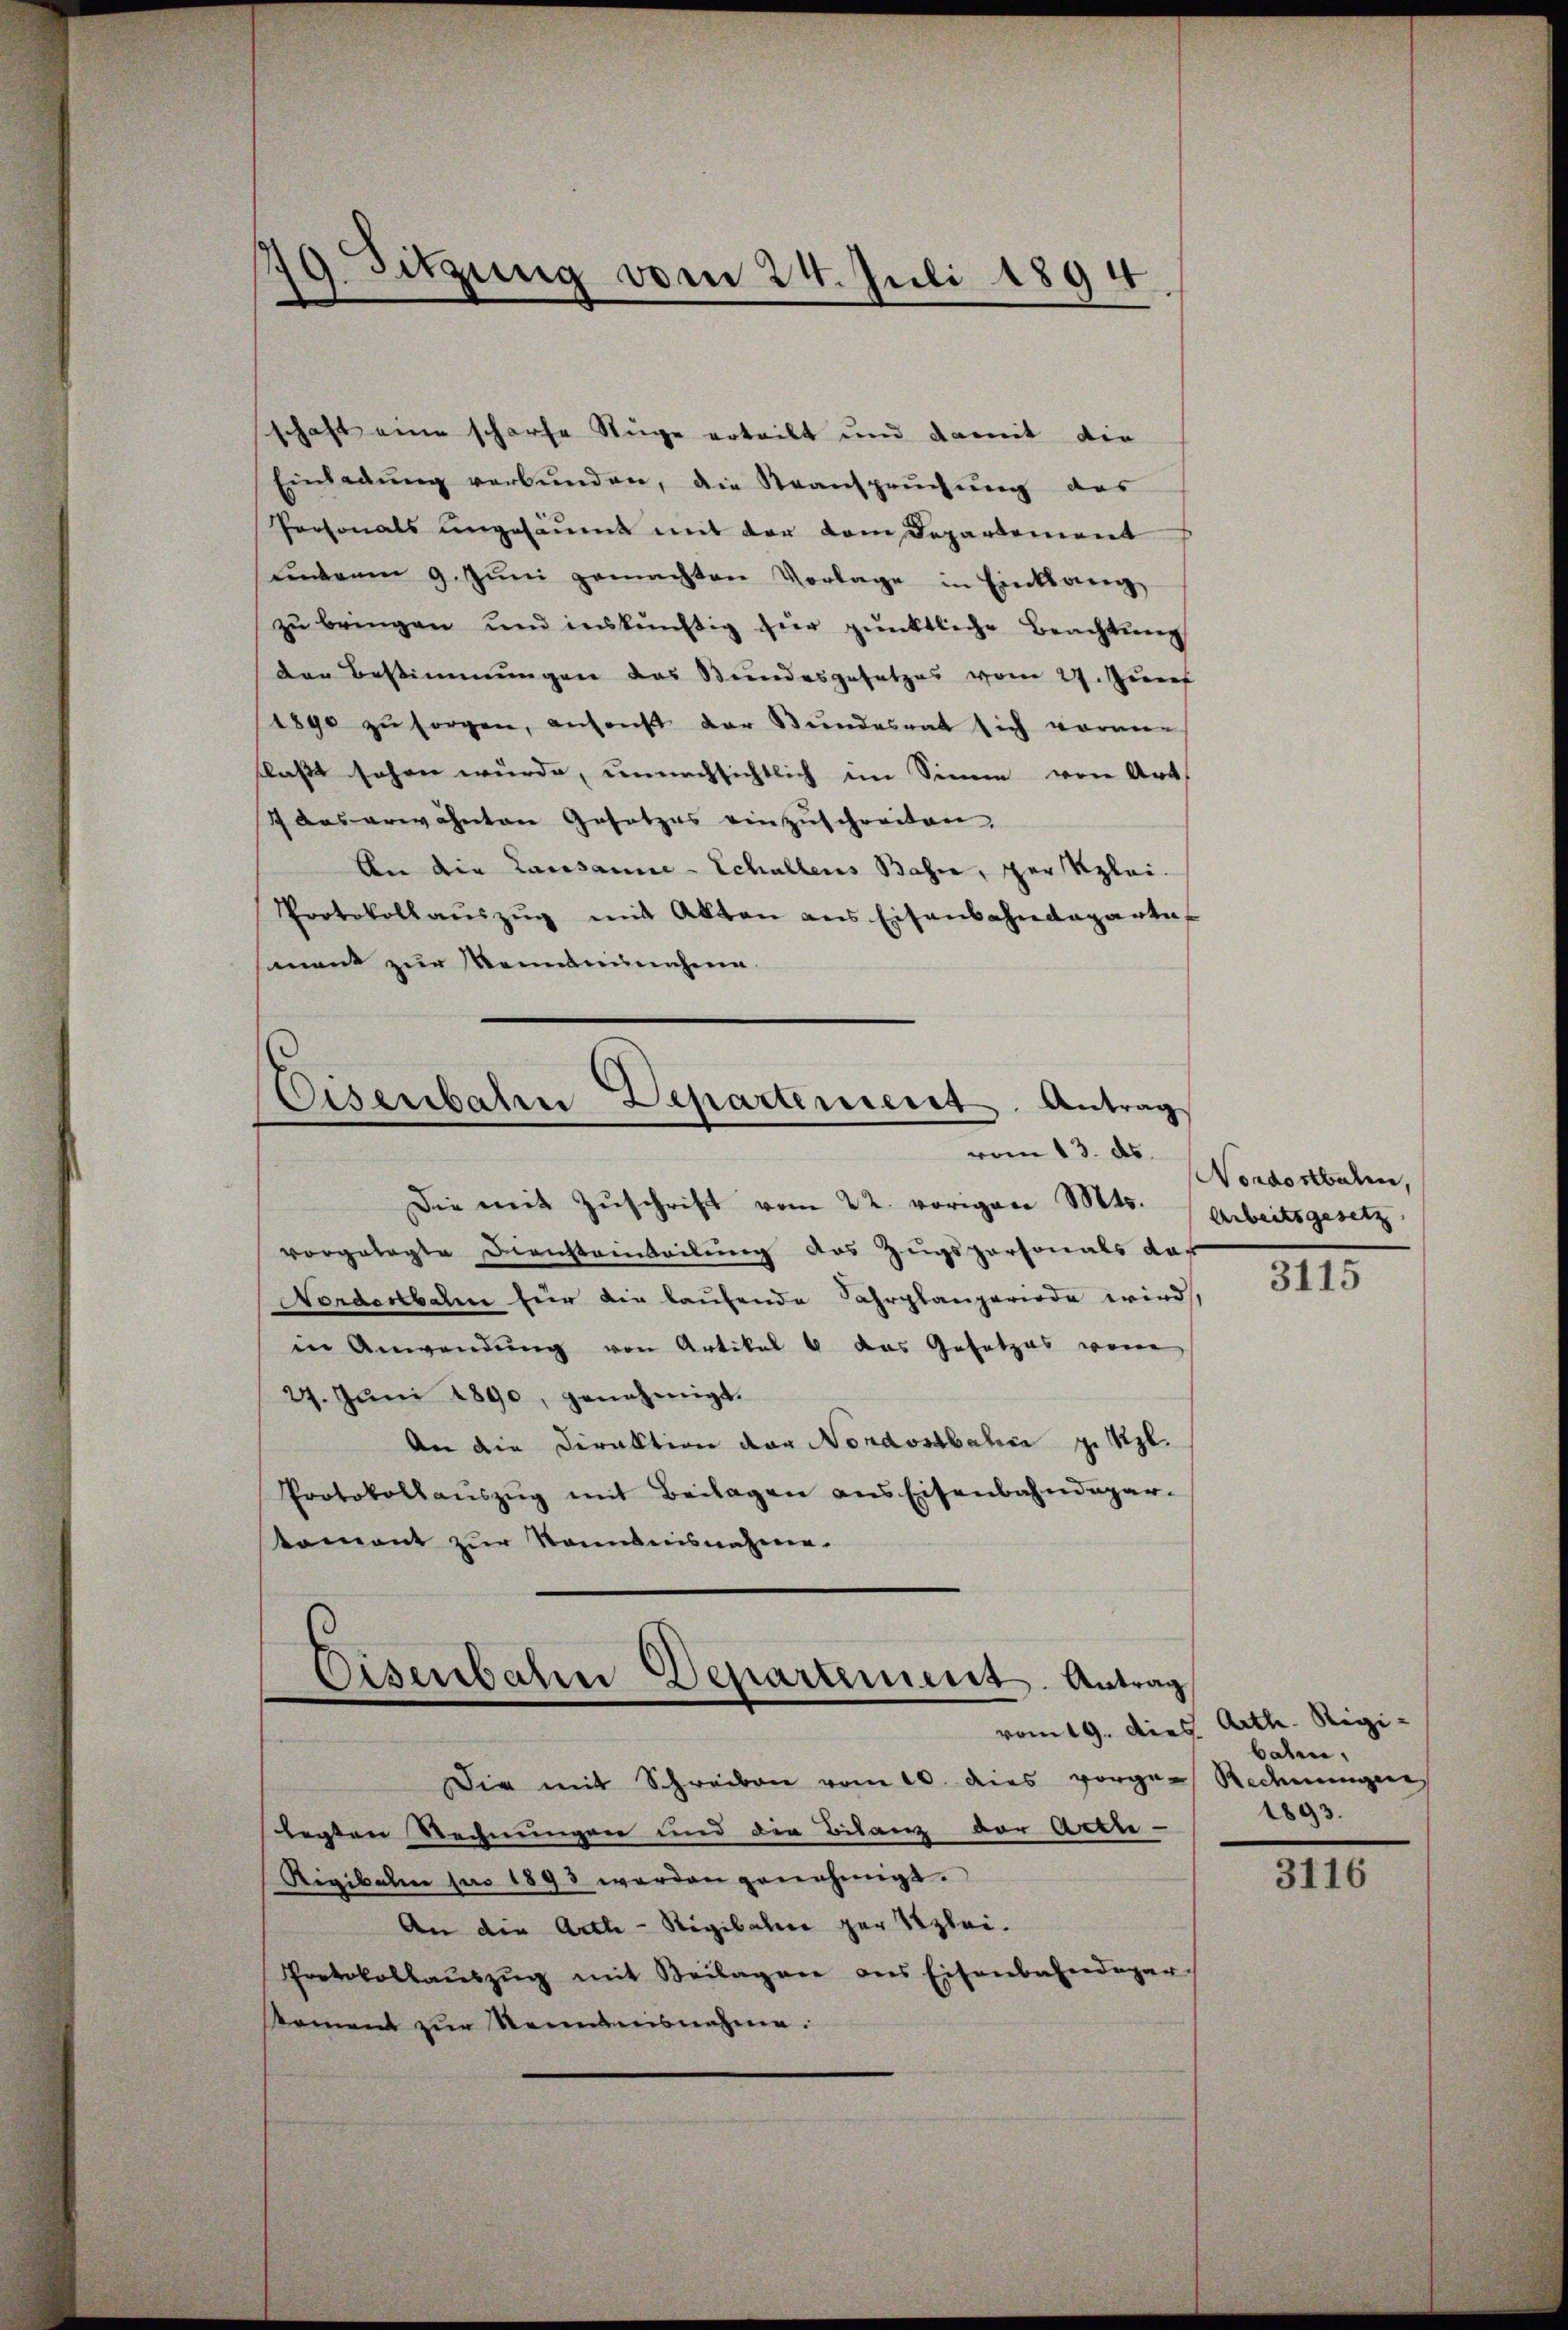
d Sitzung vom 24. Juli 1894

schaft eine scharfe Sage erteilt und damit die
Einladŭng verbŭnden, die Steansprŭchŭng des
Personals ungesäumt mit der vom Departement
unterm 9. Jŭni gemachten Vorlage in Einklang
zu bringen und inskünftig hier pünktliche Beachtung
der Bestimmungen das Stundesgesetzes vom 27. Zunf
1890 zŭ sorgen, ansonst der Stundesrat sich vorm
llaßt sehen wurde, unnachsichtlich im Sinne von Art.
1 das erwähnten Gesetzes einzuschreiten,
An die Lausanne-Schallens Bahn, per Klei¬
Protokollauszug mit Akten aus Eisenbahndeparte
sament zur Montannahme.

Eisenbahn Departement. Antrag
vom 13. ds.

Die mit Zuschrift vom 22. vorigen Mts.
vorgelegte Dienstainteilung das Zugspersonals das
Norderbahn für die laufende Fahrplanperiode wird
in Anwendung von Artikal 6 das Gesetzes von
27. Jŭni 1890, genehmigt.
An die Direktion der Nordostbahin zu Upl.
Protokollaŭszŭg mit Beilagen ans Eisenbahndepar-
koment zur Romanisnahme.

Eisenbahn Departement. Antrag
vom 19. dies. Arth. Rigi.

Die mit Schreiben vom 10. dies vorge- Redenungen,
legten Rechnungen und der Bilanz der Acti-
Rigibale pro 1893 werden genehmigt.
An die Arth - Rigibalen zur Szlei-
Protokollaŭszŭg mit Beilagere des Eisenbahndepar
koment zur Renntnisnahme.

Nordostbaren,
Arbeitsgesetz

3115

baten.
1893.

3116